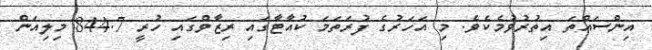
އިންސައްތަ އިތުރުވުމެކެވެ. މި އަހަރުގެ ފުރަތަމަ ކުއާޓާގައި ރިޒާވްގައި ހުރީ 844.7 މިލިއަން